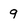
Character: 9